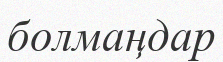
болмаңдар